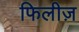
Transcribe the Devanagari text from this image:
फिलीज़